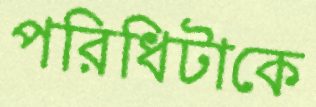
পরিধিটাকে